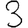
Digit: 3